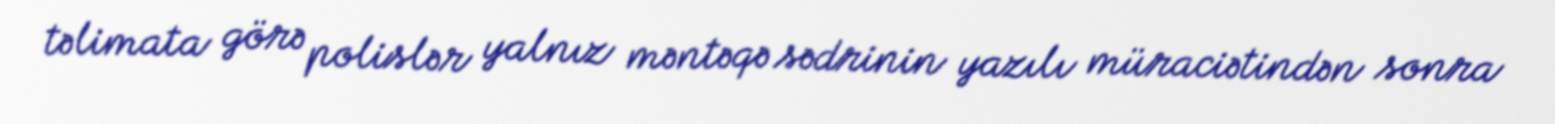
təlimata görə polislər yalnız məntəqə sədrinin yazılı müraciətindən sonra